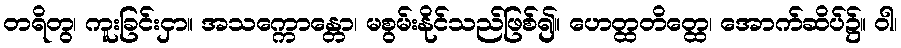
တရိတွ၊ ကူးခြင်းငှာ။ အသက္ကောန္တော၊ မစွမ်းနိုင်သည်ဖြစ်၍။ ဟေတ္ထတိတ္ထေ၊ အောက်ဆိပ်၌။ ဝါ၊